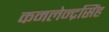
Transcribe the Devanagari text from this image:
कमलेन्द्रसिंह